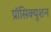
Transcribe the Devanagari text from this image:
प्रॉसिक्युशन